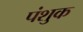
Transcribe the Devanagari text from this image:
पंशुक